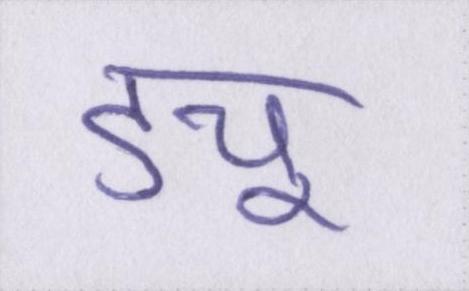
ड्यू